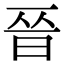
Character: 𫞄